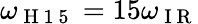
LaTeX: \omega_{\mathrm{~H~1~5~}}=15\omega_{\mathrm{~I~R~}}